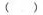
()